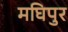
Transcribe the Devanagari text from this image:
मघिपुर